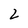
Character: 2